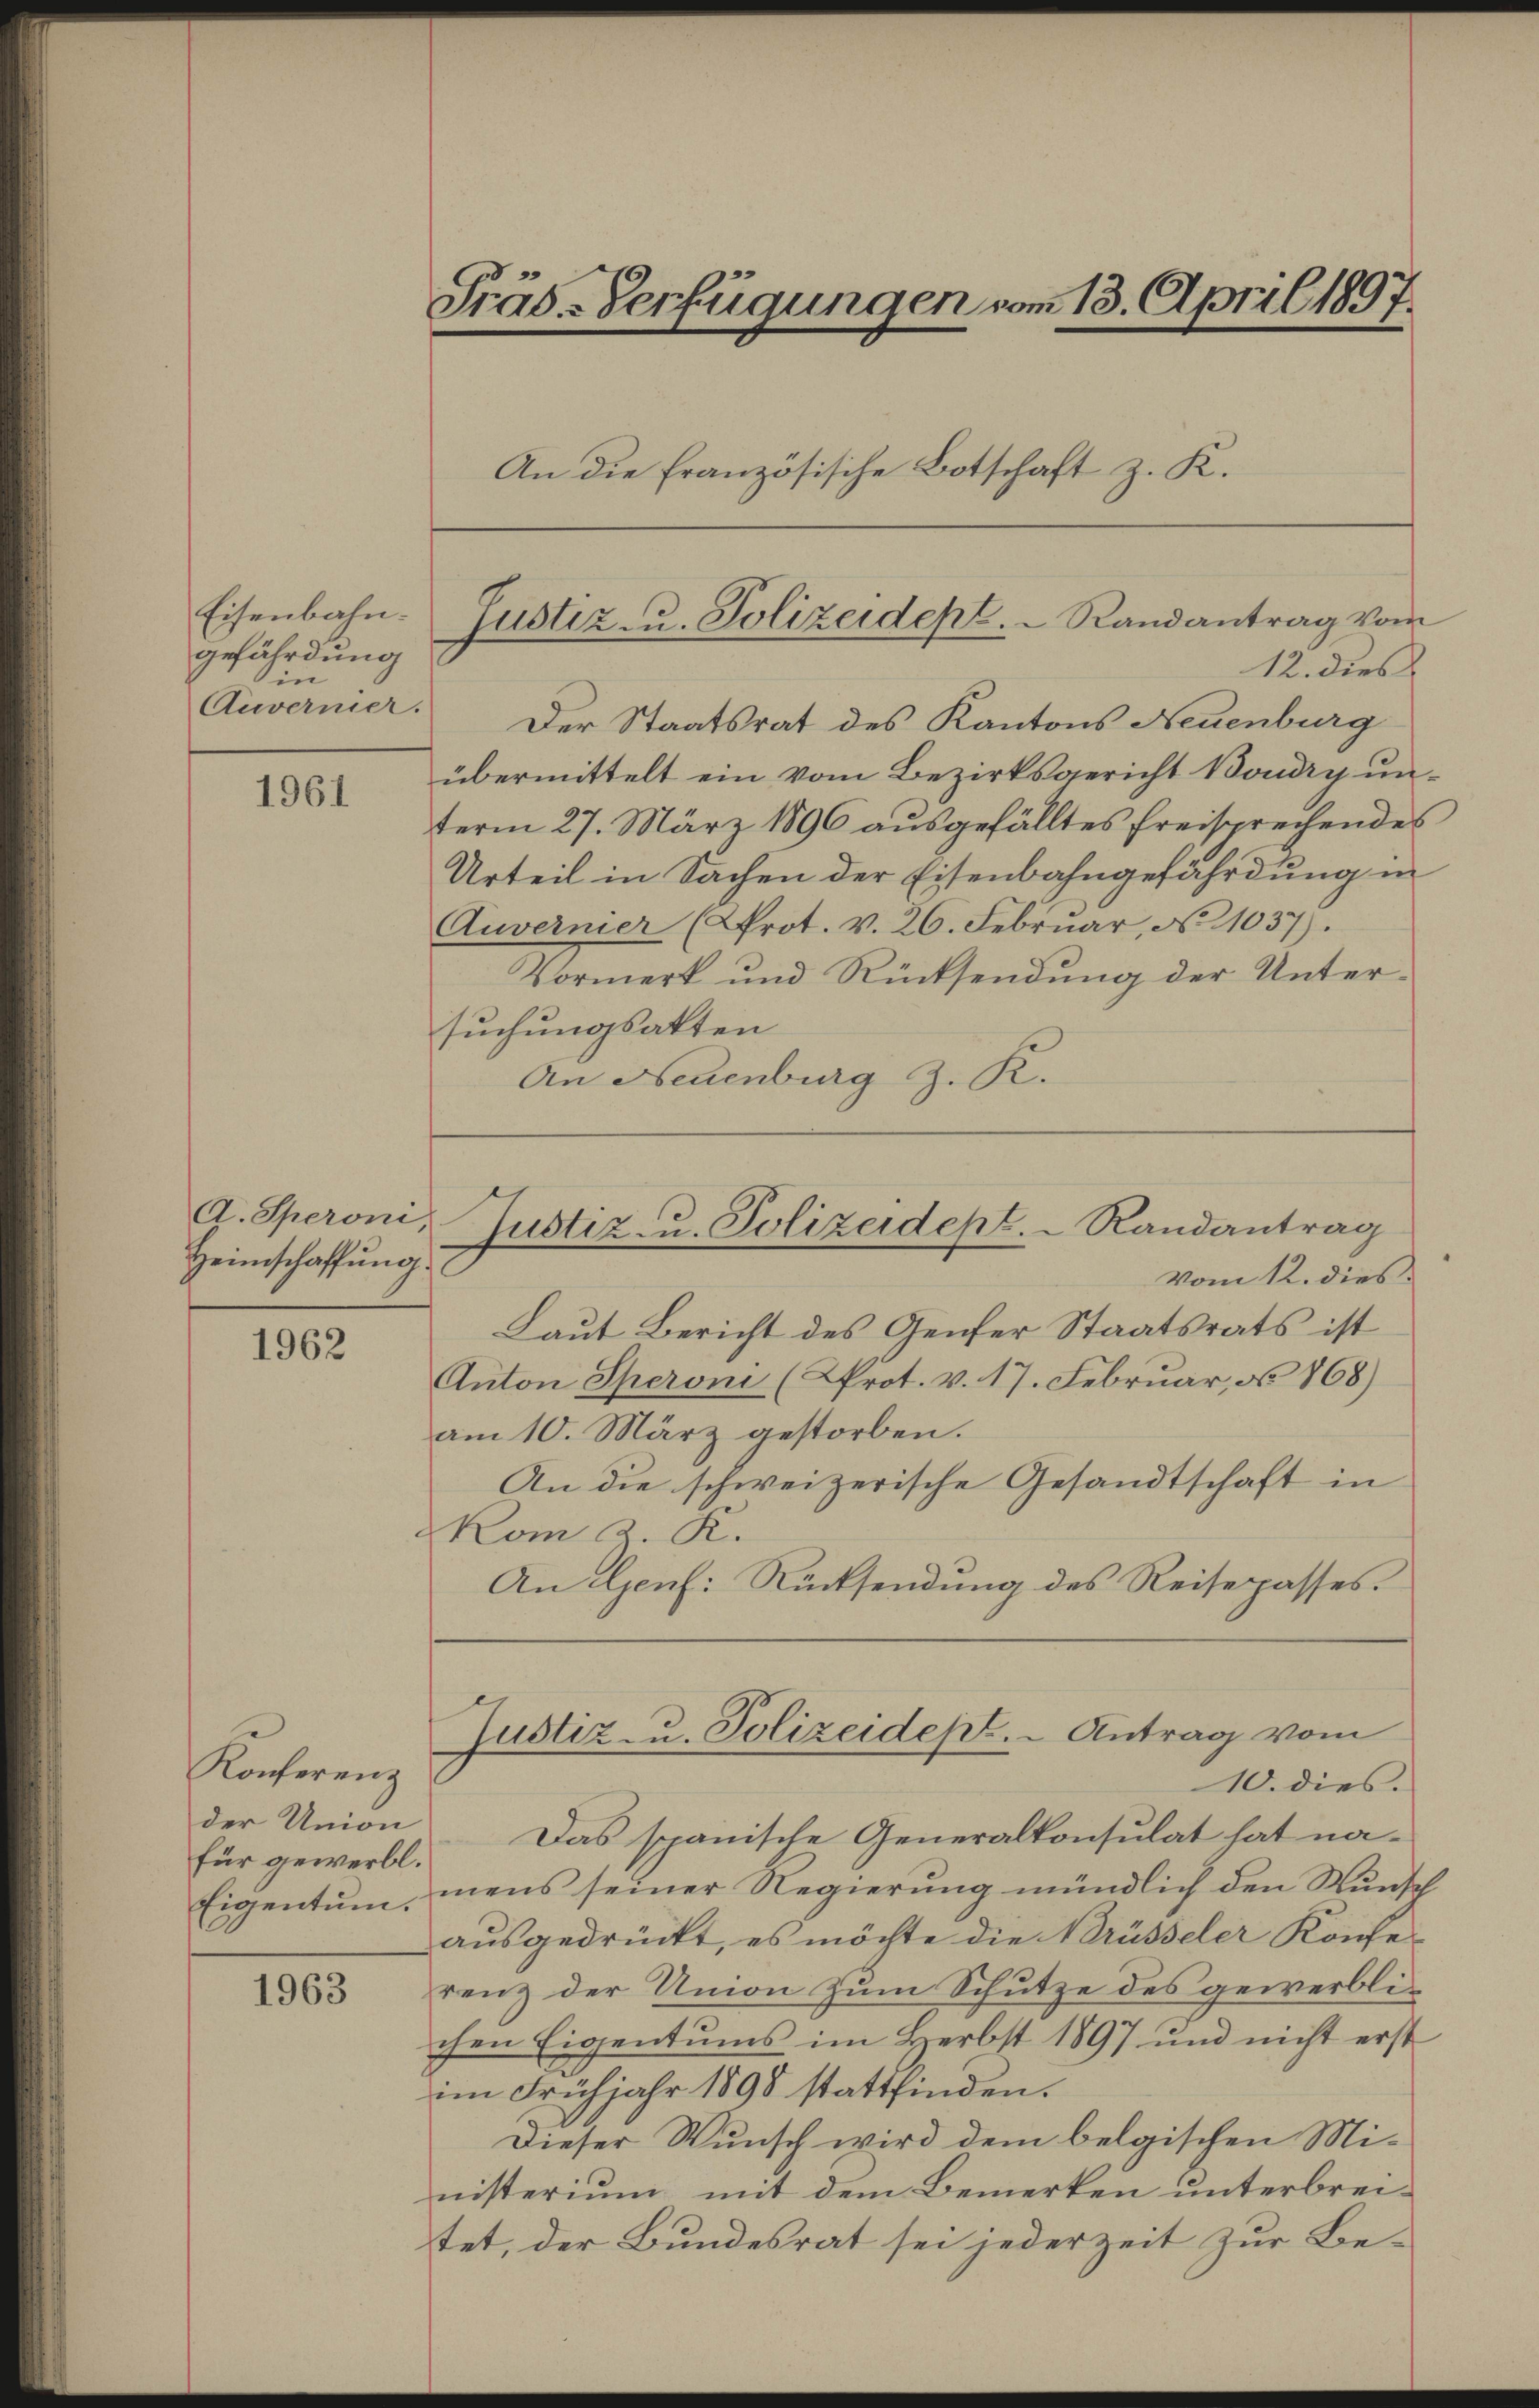
Eisenbahn.
gefährdung
in
Auvernier.

1961

A. Speroni,
Heimschaffung.

1962

Konferenz
der Union
für gewerbl.

1963

Präs-Verfügungen vom 13. April 1897.
An die französische Botschaft z. K.

12. dies
Der Staatsrat des Kantons Neuenburg
übermittelt ein vom Bezirksgericht Boudry ŭn-
term 27. März 1896 ausgefälltes freisprechendes
Urteil in Sachen der Eisenbahngefährdung in
Auvernier (Prot. v. 26. Februar, No 1037).
Vormerk und Rücksendung der Untersuchungsakten
An Neuenburg z. R.

vom 12. dies
Laut Bericht des Genfer Staatsrats ist
Anton Speroni (Prot. v. 17. Februar, d. 868)
am 10. März gestorben.
An die schweizerische Gesandtschaft in
Kom z. K.
An Genf. Rücksendung des Reisepasses

Justiz u. Polizeidept.   Randantrag vom

Justiz- u. Polizeidept. Randantrag

Justiz- u. Polizeidept. - Antrag vom

10. dies.
Das spanische Generalkonsulat hat na¬
Eigentum, mens seiner Regierung mündlich den Wunsch
ausgedrückt, es möchte die Brüsseler Konferenz der Union zum Schutze des gewerblichen Eigentums im Herbst 1897 und nicht erst
im Frühjahr 1898 stattfinden.
Dieser Wunsch wird dem belgischen Ministerium mit dem Bemerken unterbreitet, der Bundesrat sei jederzeit zur Be¬